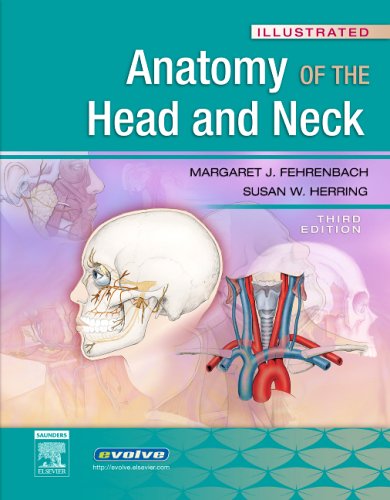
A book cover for Illustrated Anatomy of the Head and Neck, 3e (Fehrenbach, Illustrated Anatomy of the Head and Neck); Margaret J. Fehrenbach; Medical Books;